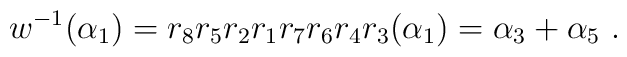
w^{-1}(\alpha_1)=r_8r_5r_2r_1r_7r_6r_4r_3(\alpha_1)=\alpha_3+\alpha_5~.